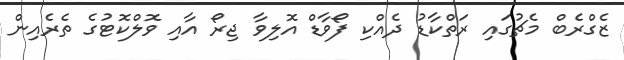
ޒެގްރެބް މެޗުގައި ރަތްކާޑު ދެއްކި ފޯވާޑް އޮލިވާ ޖިރޯ އާއި ވޮލްކޮޓުގެ ތެރެއިން